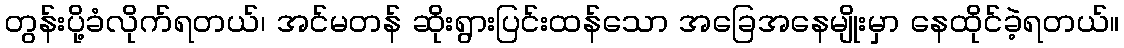
တွန်းပို့ခံလိုက်ရတယ်၊ အင်မတန် ဆိုးရွားပြင်းထန်သော အခြေအနေမျိုးမှာ နေထိုင်ခဲ့ရတယ်။